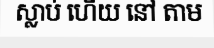
ស្លាប់ ហើយ នៅ តាម